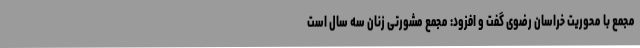
مجمع با محوریت خراسان رضوی گفت و افزود: مجمع مشورتی زنان سه سال است